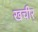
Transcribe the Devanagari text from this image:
खचीर्